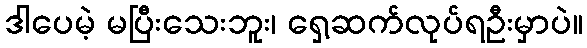
ဒါပေမဲ့ မပြီးသေးဘူး၊ ရှေ့ဆက်လုပ်ရဦးမှာပဲ။